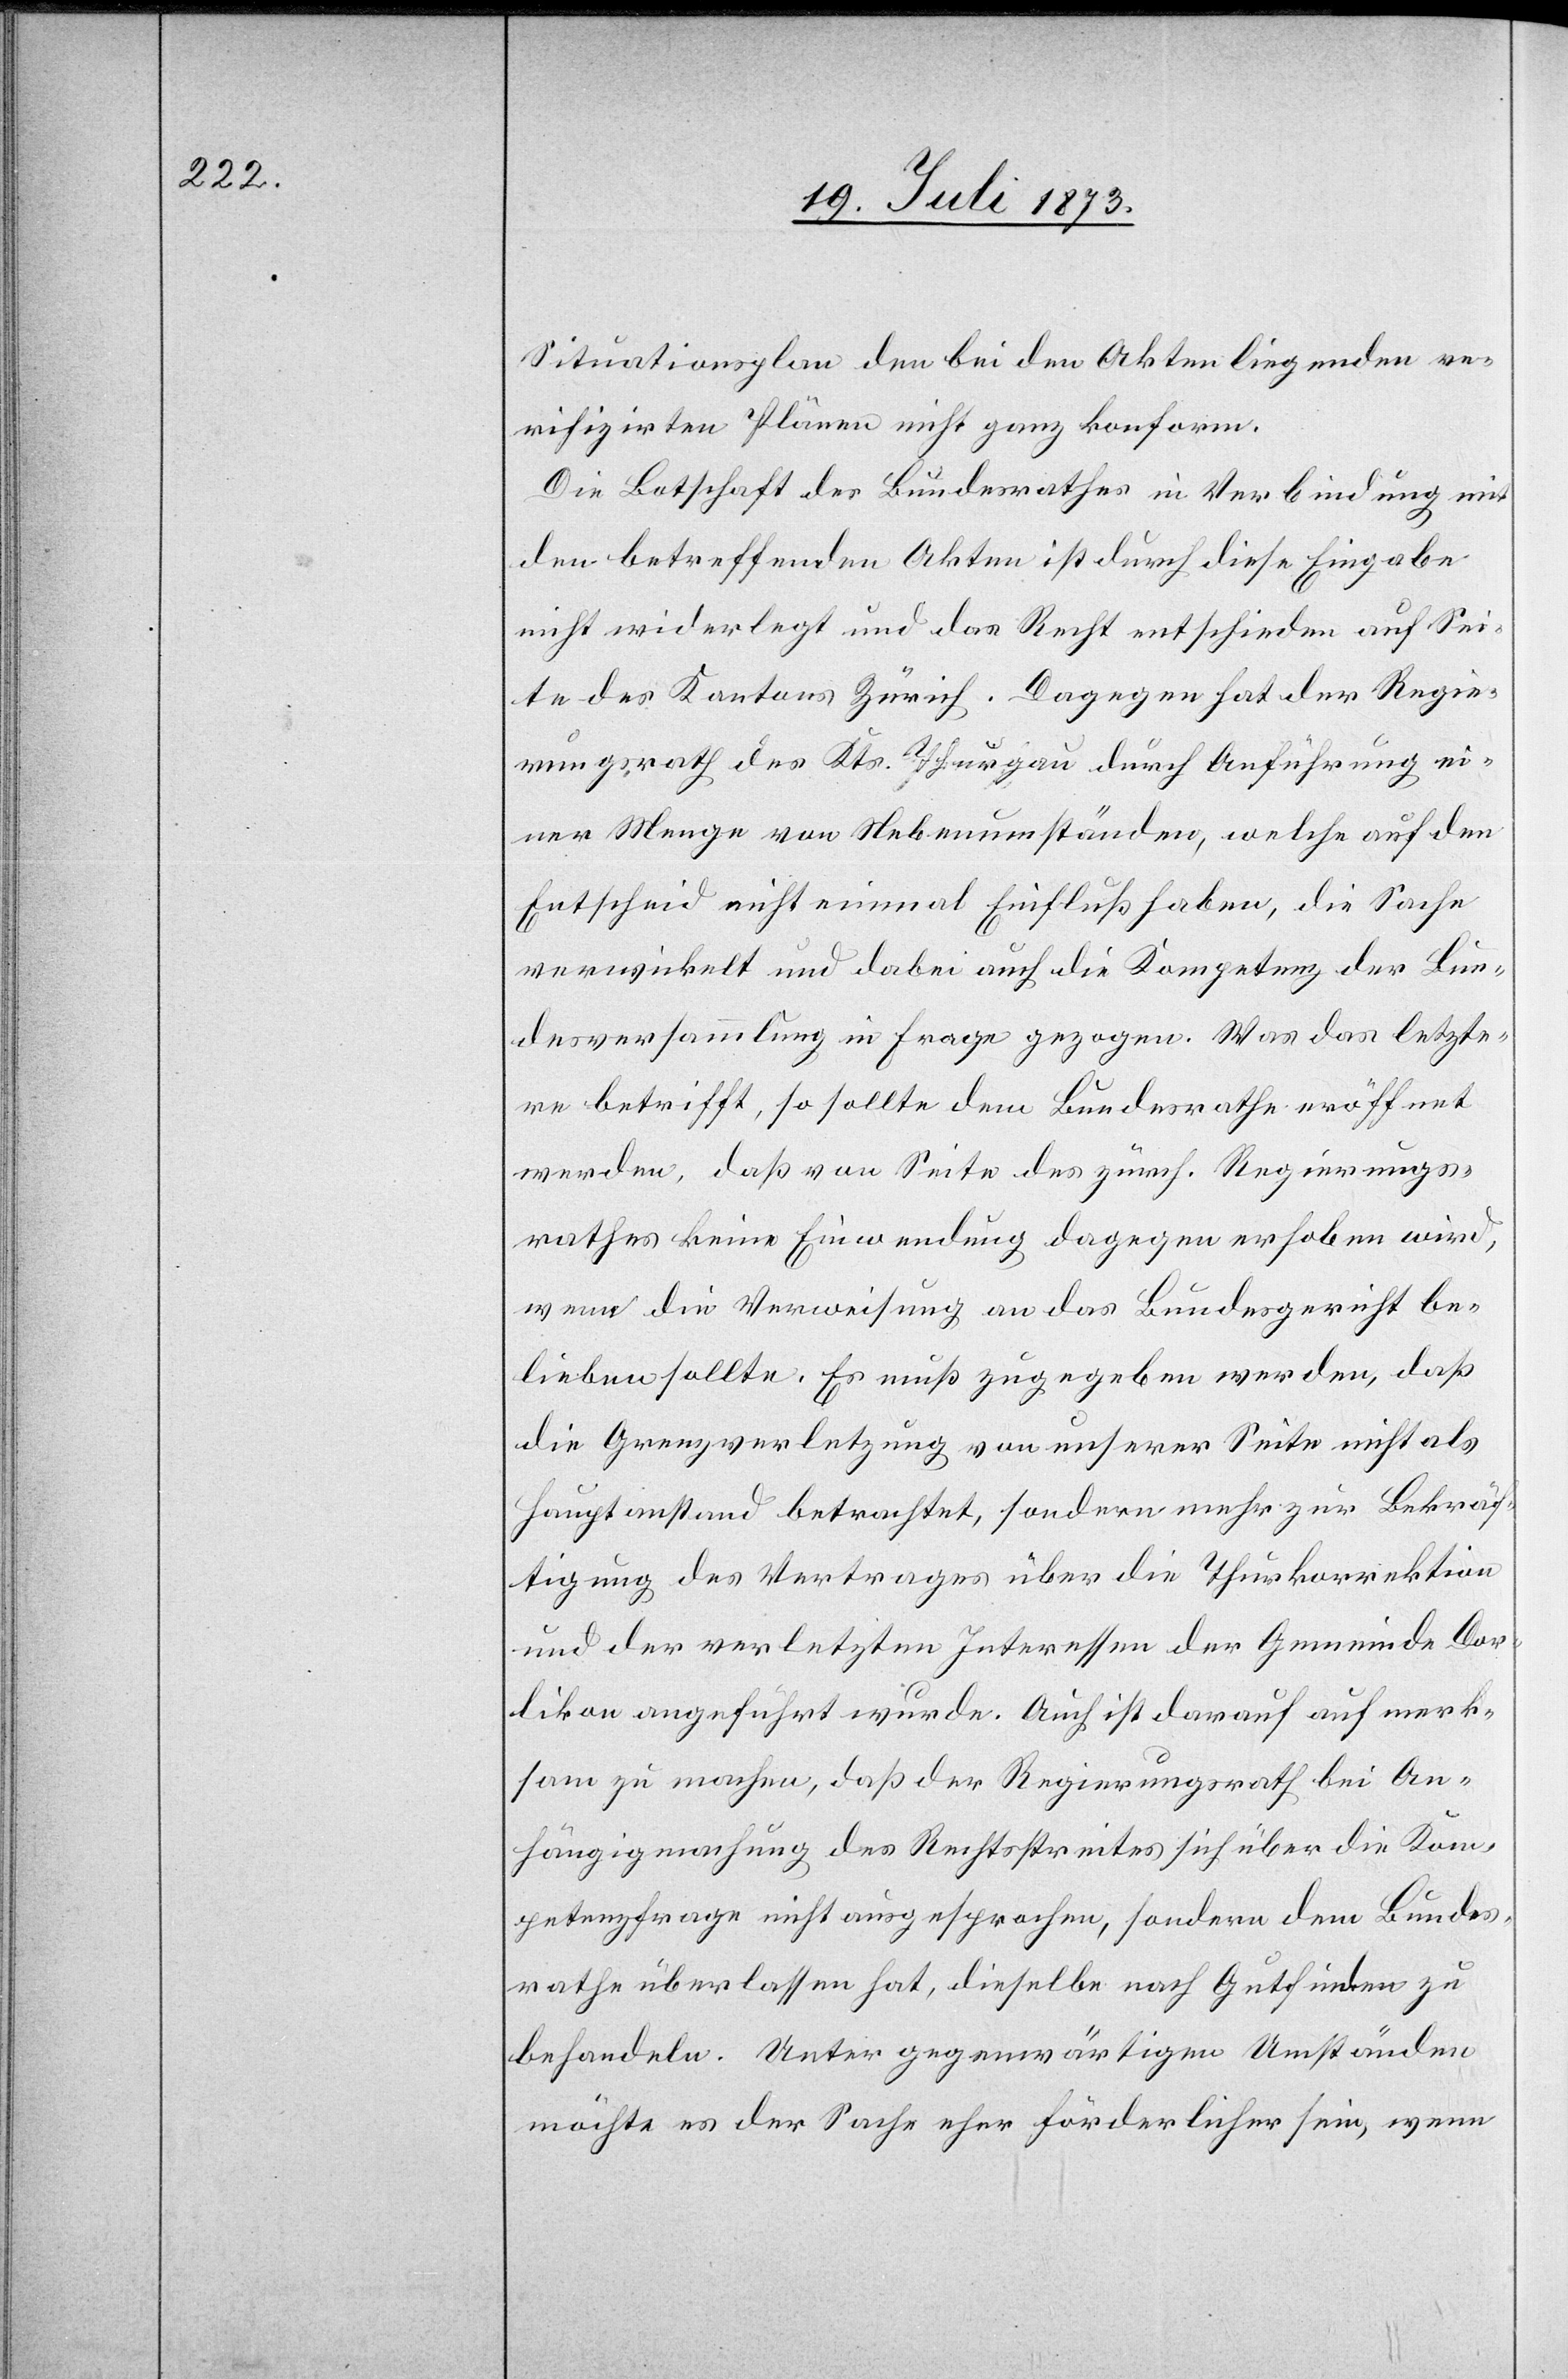
Situationsplan den bei den Akten liegenden ve¬
rifizirten Plänen nicht ganz konform.
Die Botschaft des Bundesrathes in Verbindung mit
den betreffenden Akten ist durch diese Eingabe
nicht widerlegt und das Recht entschieden auf Sei¬
te des Kantons Zürich. Dagegen hat der Regie¬
rungsrath des Kts. Thurgau durch Anführung ei¬
ner Menge von Nebenumständen, welche auf den
Entscheid nicht einmal Einfluß haben, die Sache
verwickelt und dabei auch die Kompetenz der Bun¬
desversammlung in Frage gezogen. Was das letzte¬
re betrifft, so sollte dem Bundesrathe eröffnet
werden, daß von Seite des zürch. Regierungs¬
rathes keine Einwendung dagegen erhoben wird,
wenn die Verweisung an das Bundesgericht be¬
lieben sollte. Es muß zugegeben werden, daß
die Grenzverletzung von unserer Seite nicht als
Hauptanstand betrachtet, sondern mehr zur Bekräf¬
tigung des Vertrages über die Thurkorrektion
und der verletzten Interessen der Gemeinde Dor¬
likon angeführt wurde. Auch ist darauf aufmerk¬
sam zu machen, daß der Regierungsrath bei An¬
hängigmachung des Rechtsstreites sich über die Kom¬
petenzfrage nicht ausgesprochen, sondern dem Bundes¬
rathe überlassen hat, dieselbe nach Gutfinden zu
behandeln. Unter gegenwärtigen Umständen
möchte es der Sache eher förderlicher sein, wenn